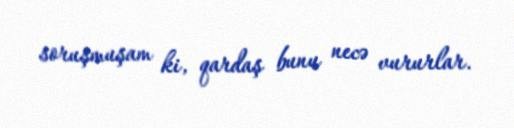
soruşmuşam ki, qardaş bunu necə vururlar.